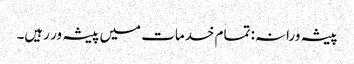
پیشہ ورانہ: تمام خدمات میں پیشہ ور رہیں۔